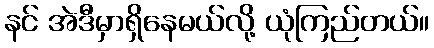
နင် အဲဒီမှာရှိနေမယ်လို့ ယုံကြည်တယ်။